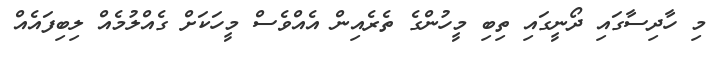
މި ހާދިސާގައި ދޯނީގައި ތިބި މީހުންގެ ތެރެއިން އެއްވެސް މީހަކަށް ގެއްލުމެއް ލިބިފައެއް